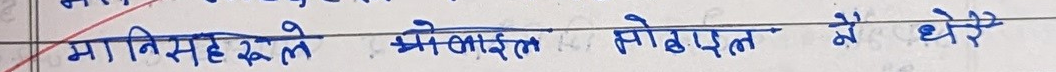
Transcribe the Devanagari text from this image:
मानिसहरुले भोडावत सोपरात नै धेरै